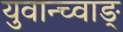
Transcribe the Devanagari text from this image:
युवान्च्वाङ्